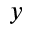
y